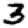
Digit: 3